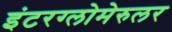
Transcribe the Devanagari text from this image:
इंटरग्लोमेरुलर